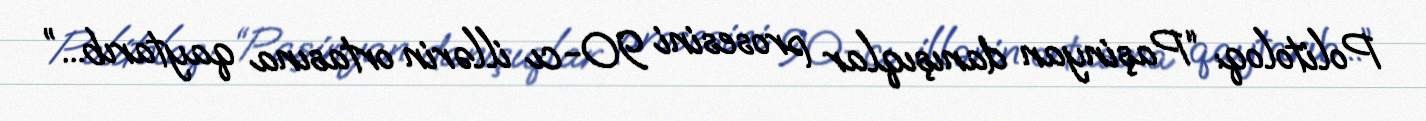
Politoloq: “Paşinyan danışıqlar prosesini 90-cı illərin ortasına qaytarıb...”